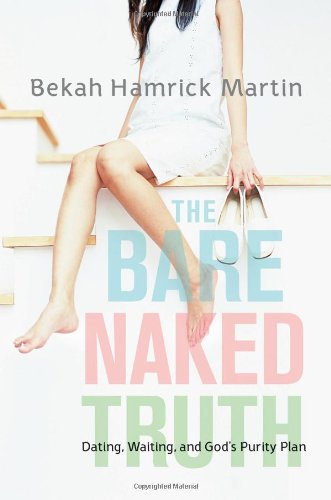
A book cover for The Bare Naked Truth: Dating, Waiting, and God's Purity Plan; Bekah Hamrick Martin; Teen & Young Adult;